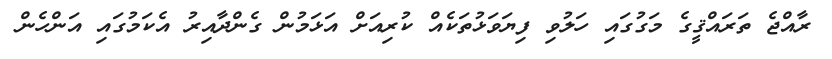
ރާއްޖެ ތަރައްޤީގެ މަގުގައި ހަލުވި ފިޔަވަޅުތަކެއް ކުރިއަށް އަޅަމުން ގެންދާއިރު އެކަމުގައި އަންހެން